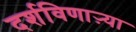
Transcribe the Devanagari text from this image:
दर्शविणाऱ्या